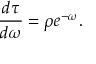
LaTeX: \frac { d \tau } { d \omega } = \rho e ^ { - \omega } .